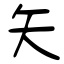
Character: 矢